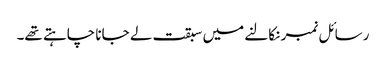
رسائل نمبر نکالنے میں سبقت لے جانا چاہتے تھے۔